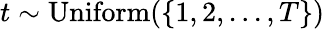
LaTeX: t\sim\mathrm{Uniform}(\{ 1,2,...,T\} )